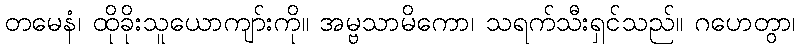
တမေနံ၊ ထိုခိုးသူယောကျာ်းကို။ အမ္ဗသာမိကော၊ သရက်သီးရှင်သည်။ ဂဟေတွာ၊